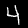
Digit: 4